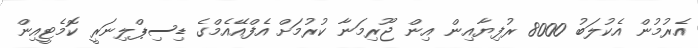
އެރުމުން އެކުލަބު 8000 ރުފިޔާއިން އިން ޖޫރިމަނާ ކުރުމަށް އެފްއޭއެމްގެ ޑިސިޕްލިނަރީ ކޮމެޓީއިން